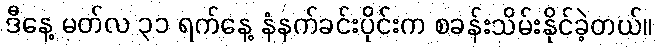
ဒီနေ့ မတ်လ ၃၁ ရက်နေ့ နံနက်ခင်းပိုင်းက စခန်းသိမ်းနိုင်ခဲ့တယ်။